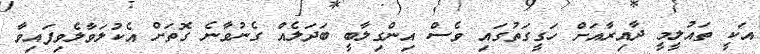
އަކީ ތައުލީމީ ދާއިރާއަށް ހަގީގަތުގައި ވެސް އިންގިލާބީ ބަދަލެއް ގެނުވާނެ ގޮތަށް އެކުލަވާލެވިފައިވާ